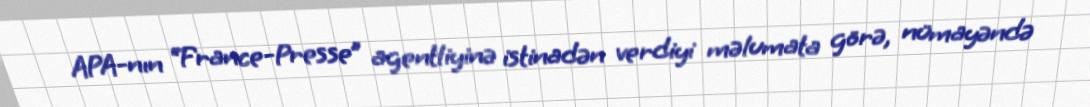
APA-nın “France-Presse” agentliyinə istinadən verdiyi məlumata görə, nümayəndə